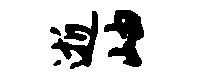
逝岫